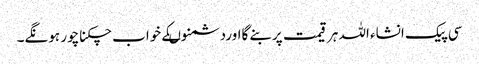
سی پیک انشاء اللہ ہرقیمت پربنے گااوردشمنوںکے خواب چکناچور ہونگے۔